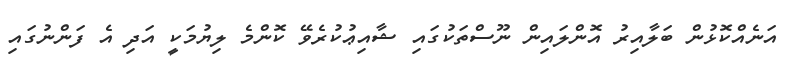
އަނެއްކޮޅުން ބަލާއިރު އޮންލައިން ނޫސްތަކުގައި ޝާއިޢުކުރެވޭ ކޮންމެ ލިޔުމަކީ އަދި އެ ފަންނުގައި